Annual report of the Bengal Veterinary College and of the Civil Veterinary Department, Bengal, for the year 1917-18 - 1917-1918
Year: 1917
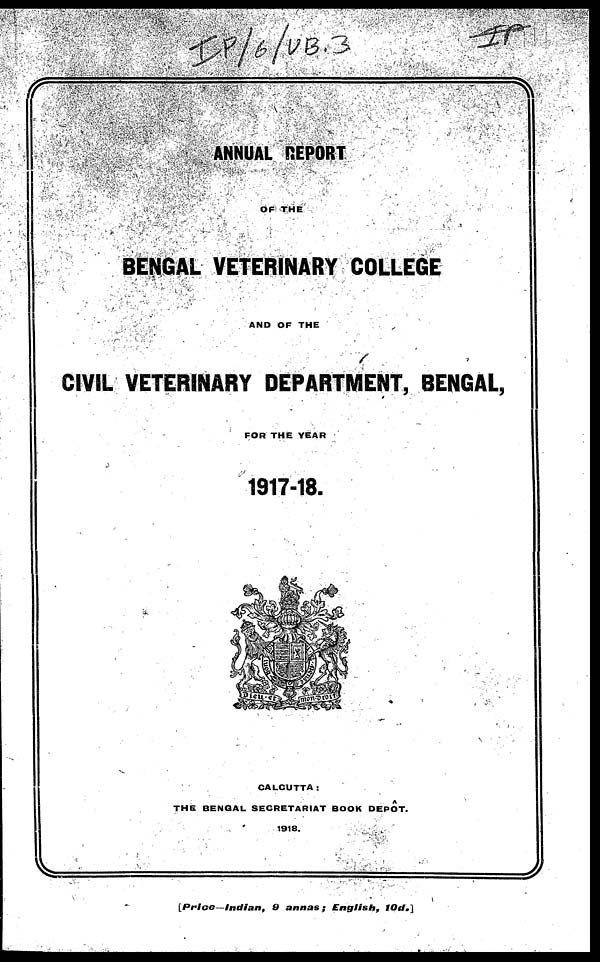
ANNUAL REPORT
OF THE
BENGAL VETERINARY COLLEGE
AND OF THE
CIVIL VETERINARY DEPARTMENT, BENGAL,
FOR THE YEAR
1917-18.
CALCUTTA :
THE BENGAL SECRETARIAT BOOK DEPÔT.
1918.
[Price
Indian,
9 annas
; English,
10d.